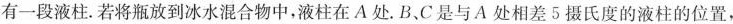
有一段液柱. 若将瓶放到冰水混合物中，液柱在A处. B、C是与A处相差5摄氏度的液柱的位置，